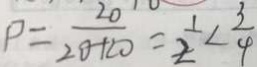
P = \frac { 2 0 } { 2 0 + 2 0 } = \frac { 1 } { 2 } < \frac { 3 } { 4 }